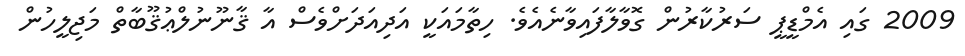
2009 ގައި އެމްޑީޕީ ސަރުކާރުން ގޮވާލާފައިވާނެއެވެ. ހިތާމައަކީ އަދިއަދަށްވެސް އާ ޤާނޫނުލްޢުޤޫބާތް މަޖިލީހުން